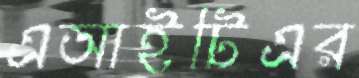
এআইটিএর